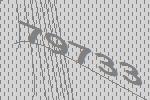
79733